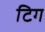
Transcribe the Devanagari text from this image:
टिग